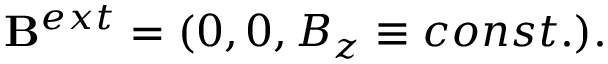
\mathbf { B } ^ { e x t } = ( 0 , 0 , B _ { z } \equiv c o n s t . ) .